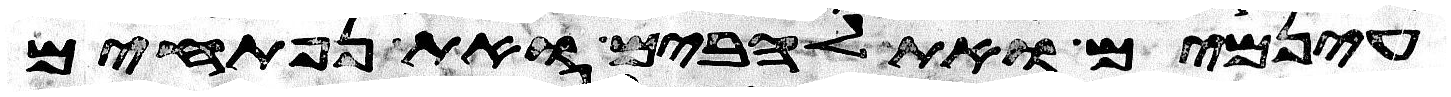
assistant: עינמים ואת להבים ואת נפתחים